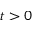
t > 0